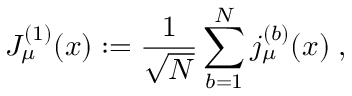
J _ { \mu } ^ { ( 1 ) } ( x ) : = \frac { 1 } { \sqrt { N } } \sum _ { b = 1 } ^ { N } j _ { \mu } ^ { ( b ) } ( x ) \; ,